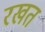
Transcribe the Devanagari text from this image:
रखत